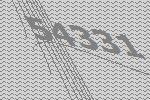
54331